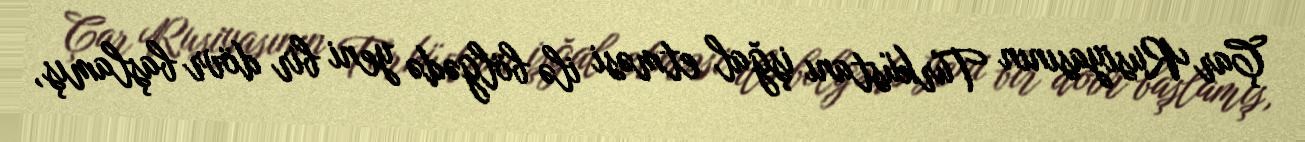
Çar Rusiyasının Türküstanı işğal etməsi ilə bölgədə yeni bir dövr başlamış,